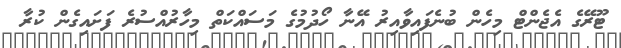
ޓޫރޭގެ އެޖެންޓް މިހެން ބުނެފައިވާއިރު އޭނާ ހޯދުމުގެ މަސައްކަތް މިހާރުއްސުރެ ފަށައިގެން ކުރާ